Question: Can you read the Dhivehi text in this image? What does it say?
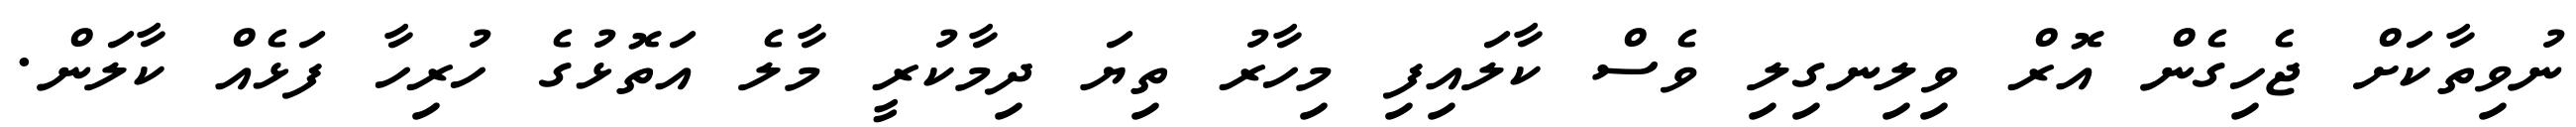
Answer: ނުވިތާކަށް ޖެހިގެން އޮރް ވިލިނގިލި ވެސް ކާލައިފި މިހާރު ތިޔަ ދިމާކުރީ މާލެ އަތޮޅުގެ ހުރިހާ ފަޅެއް ކާލަން.